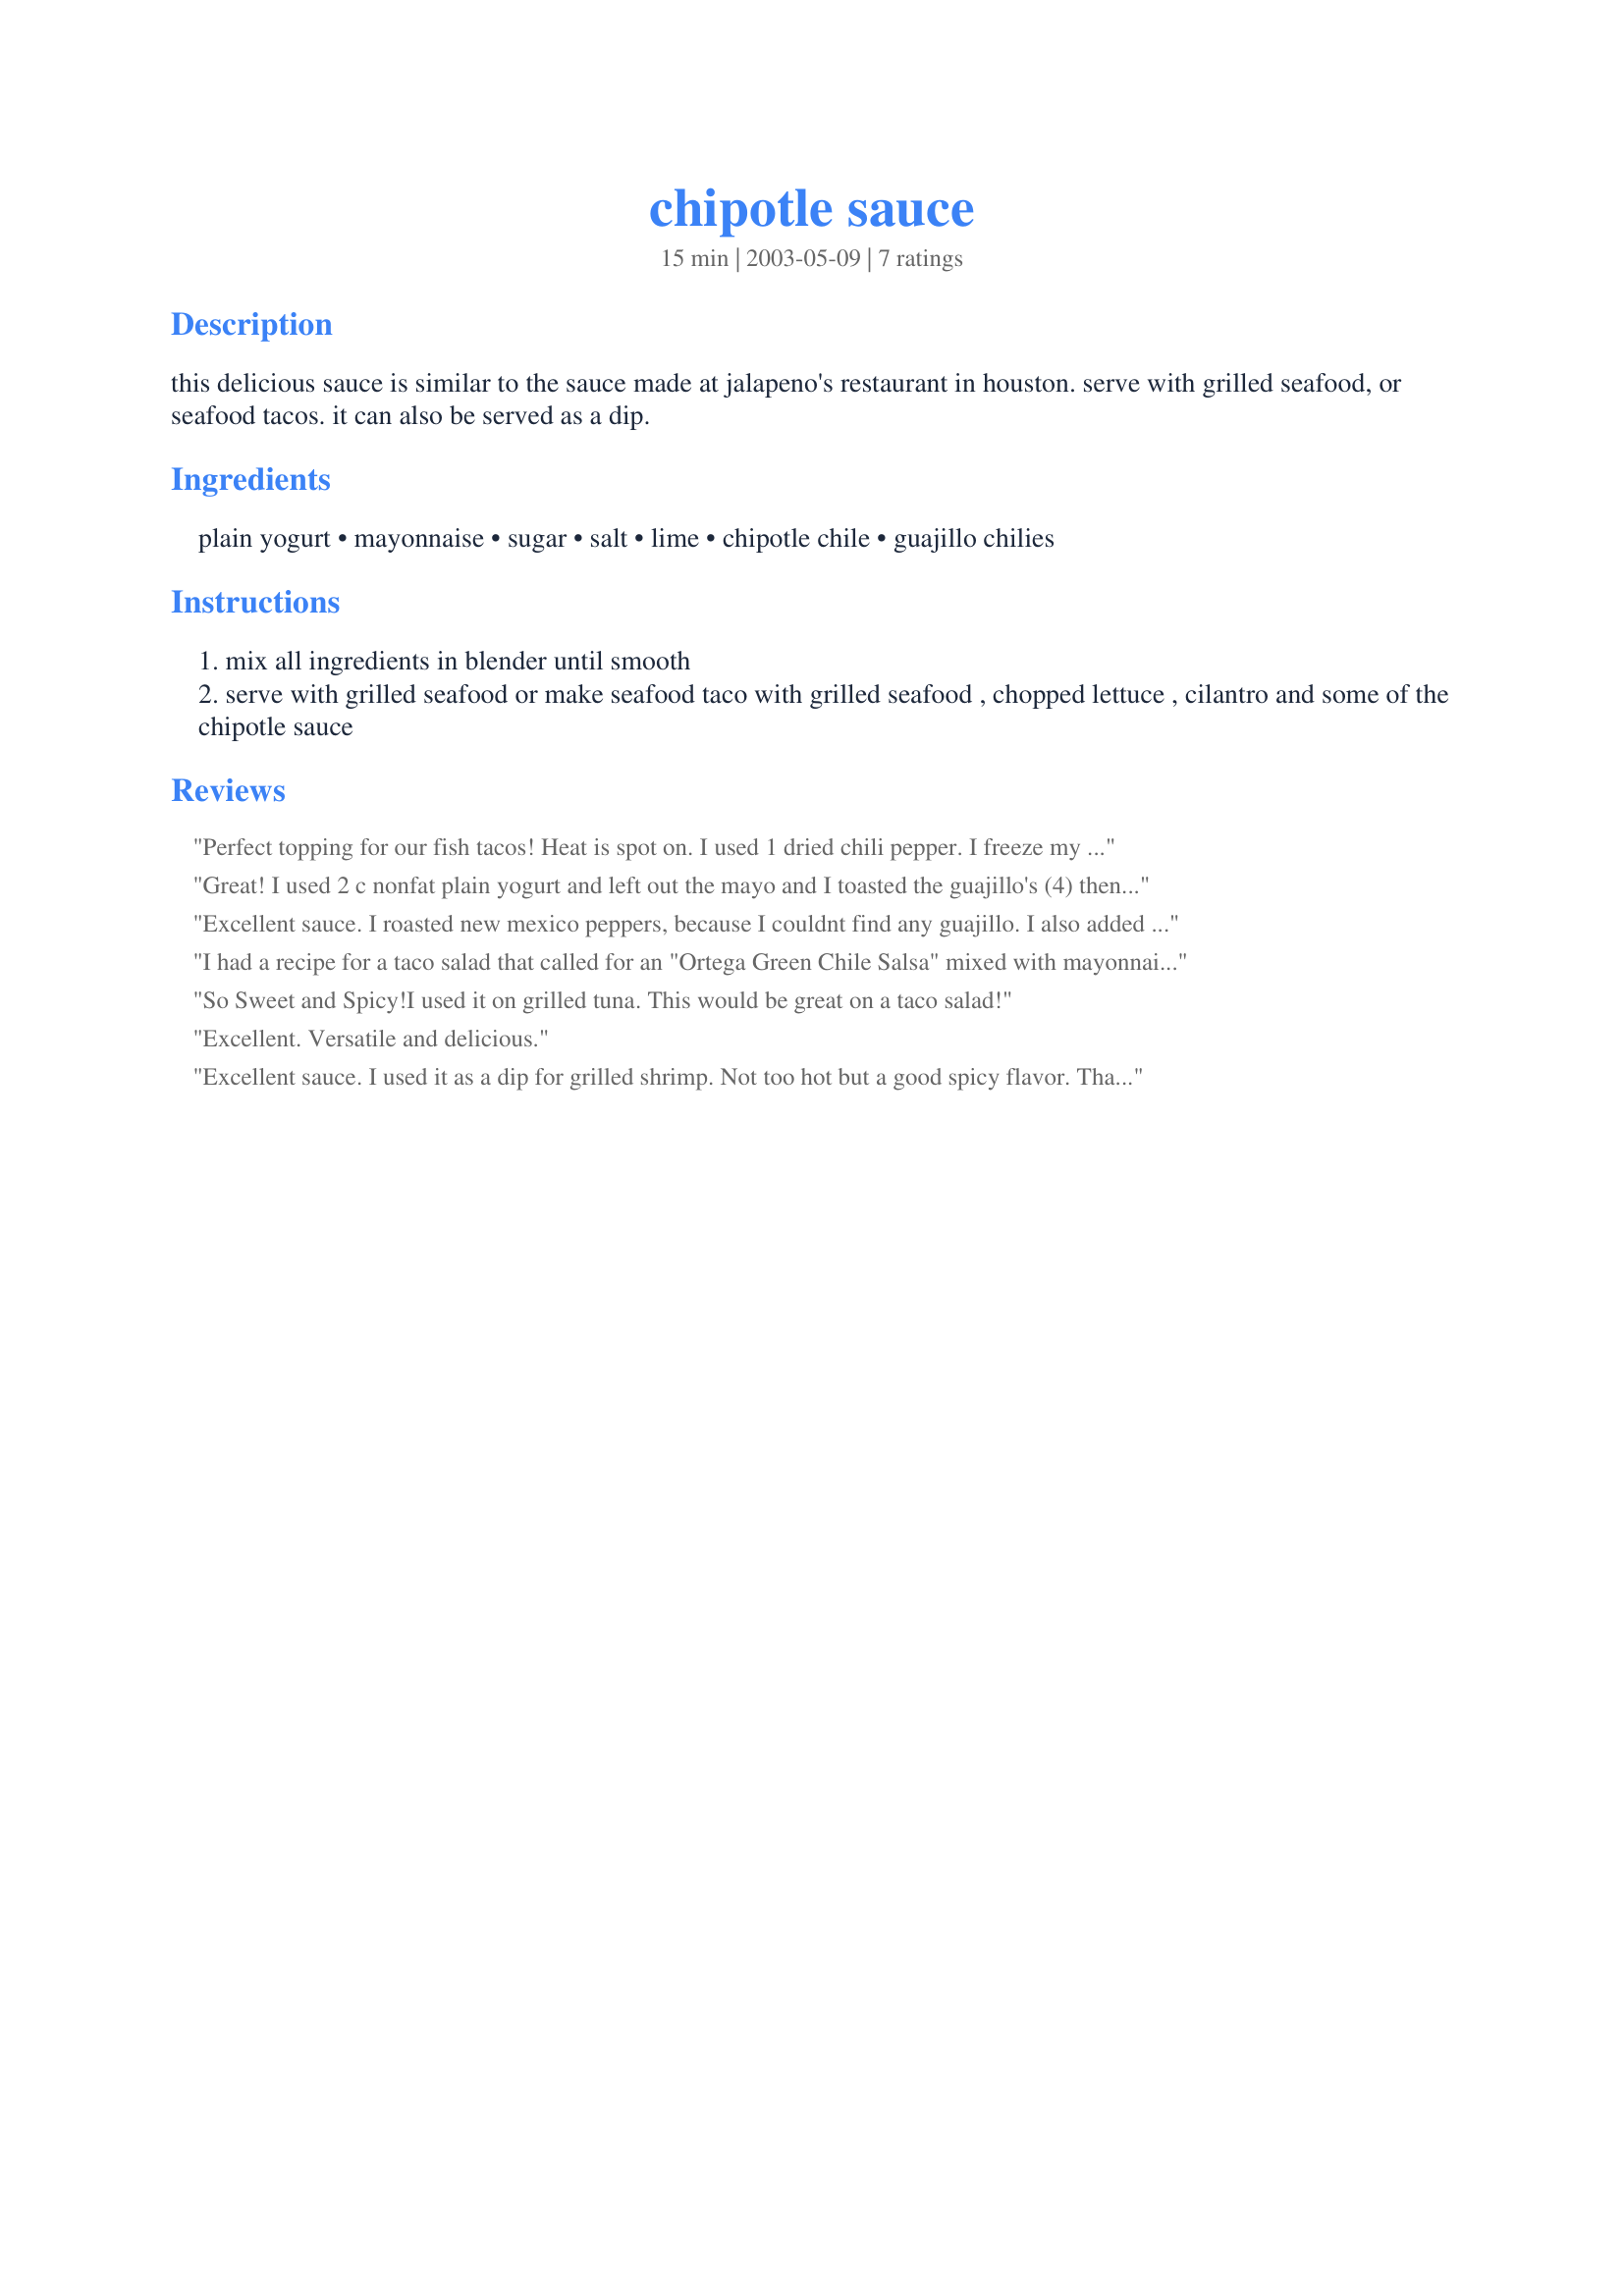
chipotle sauce
Preparation time: 15 minutes

this delicious sauce is similar to the sauce made at jalapeno's restaurant in houston. serve with grilled seafood, or seafood tacos. it can also be served as a dip.

Ingredients:
plain yogurt, mayonnaise, sugar, salt, lime, chipotle chile, guajillo chilies

Steps:
mix all ingredients in blender until smooth
serve with grilled seafood or make seafood taco with grilled seafood , chopped lettuce , cilantro and some of the chipotle sauce

Reviews:
Perfect topping for our fish tacos! Heat is spot on. I used 1 dried chili pepper. I freeze my chipotle peppers individually with some adobe sauce in plastic wrap lined dixie cups-it works great. Besides using this for tacos and dip for tortilla chips...I think you could marinate chicken breasts and possibly some sort of a salad that calls for mayonnaise. Thank you PanNan for a wonderful lunch. Made for Photo Swap #8.
Great! I used 2 c nonfat plain yogurt and left out the mayo and I toasted the guajillo's (4) then just tore them in pieces and threw them in the blender without chopping. Toasting removes the 'raw' taste. This was really easy and yummy. We added this into tacos, dipped quesadillas in it and even just ate it as a dip. Very different and good! 

Thanks Nan!
Excellent sauce. I roasted new mexico peppers, because I couldnt find any guajillo. I also added 1/2 cup more plain yogurt, for the non spicy eating people in my family and it was just right for us. I used this sauce for seafood tacos. Served with mexican rice. Thanks PanNan for a great recipe.
I had a recipe for a taco salad that called for an "Ortega Green Chile Salsa" mixed with mayonnaise, it was a great dressing for taco salad. Now you can't find that canned salsa. I decided to try this recipe for my taco salad and it was very similar to the one I liked, though a bit more spicy!! Thanks so much for sharing a great recipe. Made for ZWT8.
So Sweet and Spicy!I used it on grilled tuna. This would be great on a taco salad!
Excellent. Versatile and delicious.
Excellent sauce. I used it as a dip for grilled shrimp. Not too hot but a good spicy flavor. Thanks PanNan.
